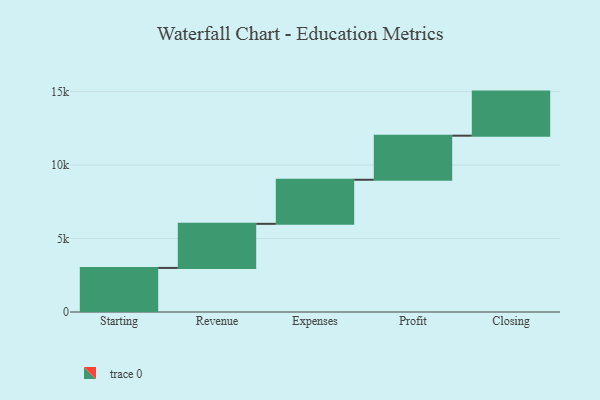
{"axis": {"x": "Step", "y": "Value"}, "legend": [""], "data": [{"x": "Starting", "y": 3000, "type": ""}, {"x": "Revenue", "y": 3000, "type": ""}, {"x": "Expenses", "y": 3000, "type": ""}, {"x": "Profit", "y": 3000, "type": ""}, {"x": "Closing", "y": 3000, "type": ""}]}